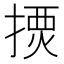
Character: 𢱾